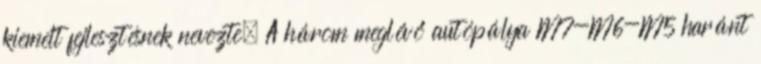
kiemelt fejlesztésnek nevezte. A három meglévő autópálya M7-M6-M5 haránt